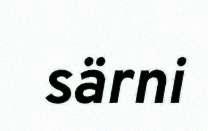
särni